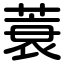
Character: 蓑